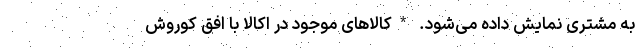
به مشتری نمایش داده می­شود. *کالاهای موجود در اکالا با افق کوروش